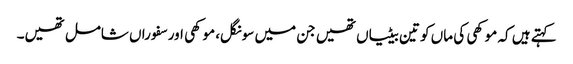
کہتے ہیں کہ موکھی کی ماں کو تین بیٹیاں تھیں جن میں سونگل، موکھی اور سفوراں شامل تھیں۔